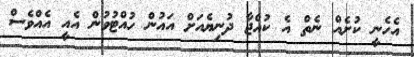
އެހެނީ ކުށެއް ނެތް އެ ކުއްޖާ ދުނިޔެއަށް އައުން ހުއްޓުވުން އެއީ އެއްވެސް